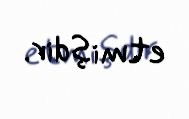
etmişdir.